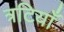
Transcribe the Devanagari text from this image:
त्रटियाँ